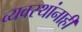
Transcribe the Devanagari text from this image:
व्यवस्थांनाही